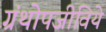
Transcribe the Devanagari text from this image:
ग्रंथोपजीविये